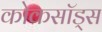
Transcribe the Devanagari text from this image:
कोकसॉड्स